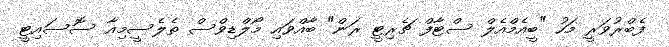
ފެބްރުވަރީ މަހު "ބީއެމްއެލް ސްޓާފް ޗެރިޓީ ރަން" ބާއްވައި މޯލްޑިވްސް ތެލެސީމިއާ ސޮސައިޓީ